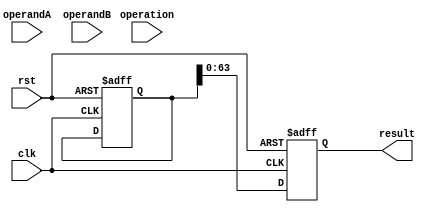
module ExtendedPrecisionFloatingPointUnit (
    input wire clk,
    input wire rst,
    input wire [63:0] operandA,
    input wire [63:0] operandB,
    input wire [1:0] operation,
    output reg [63:0] result
);

reg [127:0] intermediateResult;

reg [63:0] mantissaA;
reg [63:0] mantissaB;
reg [7:0] exponentA;
reg [7:0] exponentB;
reg [7:0] exponentResult;
reg signA;
reg signB;
reg signResult;

always @(posedge clk or posedge rst) begin
    if (rst) begin
        intermediateResult <= 128'b0;
        result <= 64'b0;
    end else begin
        mantissaA <= operandA[62:0];
        mantissaB <= operandB[62:0];
        exponentA <= operandA[63:56];
        exponentB <= operandB[63:56];
        signA <= operandA[63];
        signB <= operandB[63];
        
        case(operation)
            2'b00: begin // addition
                // Perform addition operation
            end
            2'b01: begin // subtraction
                // Perform subtraction operation
            end
            2'b10: begin // multiplication
                // Perform multiplication operation
            end
            2'b11: begin // division
                // Perform division operation
            end
        endcase
        
        // Convert result to extended precision format
        // Store result in register
        result <= intermediateResult[63:0];
    end
end

endmodule